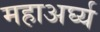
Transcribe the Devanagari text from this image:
महाअर्घ्य